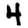
Digit: 4